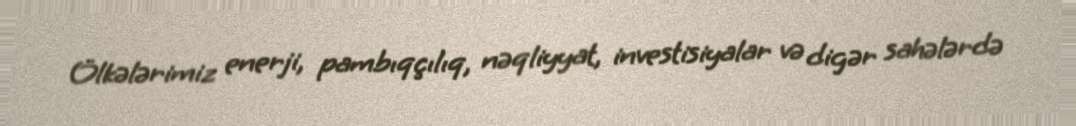
Ölkələrimiz enerji, pambıqçılıq, nəqliyyat, investisiyalar və digər sahələrdə